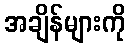
အချိန်များကို